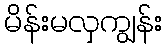
မိန်းမလှကျွန်း